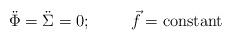
LaTeX: \begin{align*}\ddot \Phi = \ddot \Sigma = 0 ; \hskip1cm {\vec f} = {\rm constant} \end{align*}